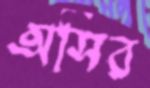
অসির